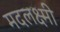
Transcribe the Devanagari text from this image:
मदलक्ष्मी